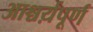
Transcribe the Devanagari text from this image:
आश्चर्य़पूर्ण